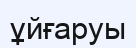
ұйғаруы